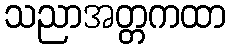
သညာအတ္တကထာ